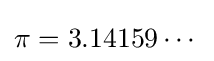
\pi =3.14159\cdots